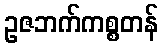
ဥဇဘက်ကစ္စတန်